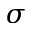
\sigma